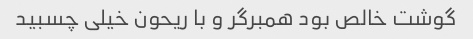
گوشت خالص بود همبرگر و با ریحون خیلی چسبید